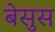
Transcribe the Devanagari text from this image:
बेसुस